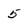
Character: 5